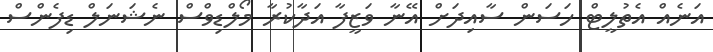
އަނެއް އެތުލީޓް ހަސަން ސާއިދަށް އޭނާ ވަޒީފާ އަދާކުރާ މޯލްޑިވްސް ނެޝަނަލް ޑިފެންސް